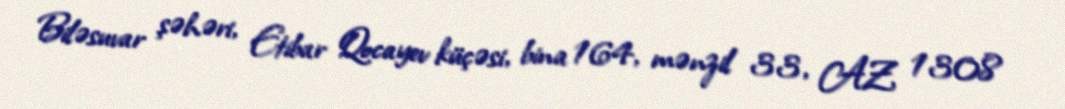
Biləsuvar şəhəri, Etibar Qocayev küçəsi, bina 164, mənzil 33, AZ 1308